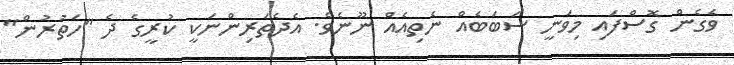
ވެގެން ގޮސްފައި މިވަނީ ސަބަބެއް ނެތިއެއް ނޫނެވެ. އެދެތަރިންނަކީ ކުރީގެ ދެ "ހަތުރުން"